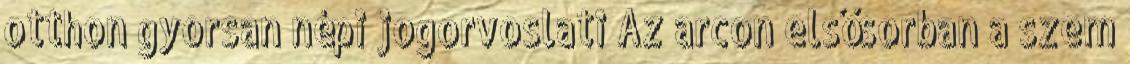
otthon gyorsan népi jogorvoslati Az arcon elsősorban a szem